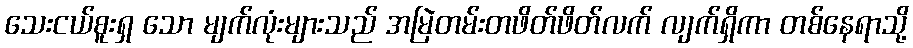
သေးငယ်စူးရှ သော မျက်လုံးများသည် အမြဲတမ်းတဖိတ်ဖိတ်လက် လျက်ရှိကာ တစ်နေရာသို့